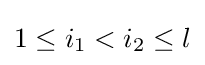
1\leq i_{1}<i_{2}\leq l